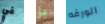
في بز الورقه